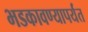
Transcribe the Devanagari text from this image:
भडकावण्यापर्यंत